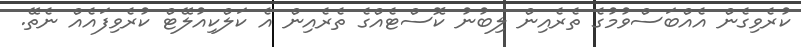
ކުރެވިގެން އެއްބަސްވުމުގެ ތެރެއިން ލިބުނު ކޮސްޓެއްގެ ތެރެއިން އެ ކަލްކިއުލޭޓް ކުރެވިފައެއް ނެތޭ.